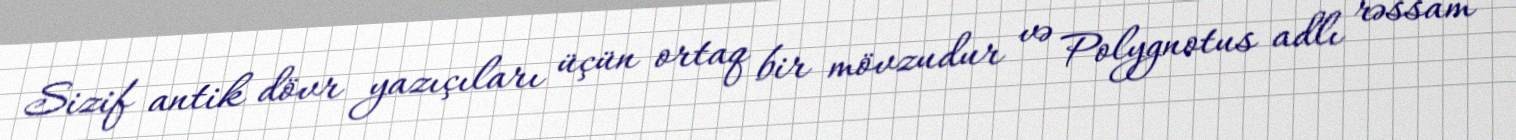
Sizif antik dövr yazıçıları üçün ortaq bir mövzudur və Polygnotus adlı rəssam